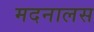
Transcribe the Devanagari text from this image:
मदनालस